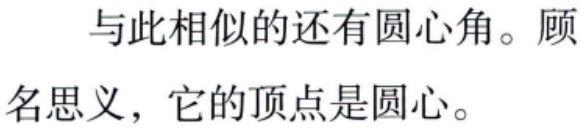
与此相似的还有圆心角。顾名思义，它的顶点是圆心。